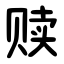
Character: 赎